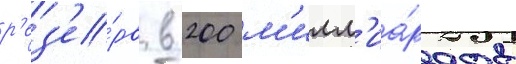
р'ез'е́рв в 200 м'илл'иа́рдов